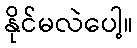
နိုင်မလဲပေါ့။